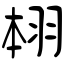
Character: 翉